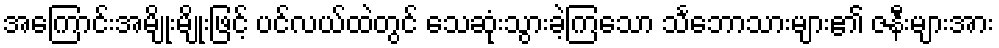
အကြောင်းအမျိုးမျိုးဖြင့် ပင်လယ်ထဲတွင် သေဆုံးသွားခဲ့ကြသော သင်္ဘောသားများ၏ ဇနီးများအား